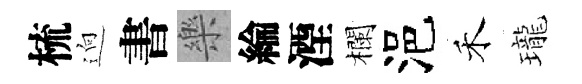
梳逈書樂綸湮欄浥禾瓏